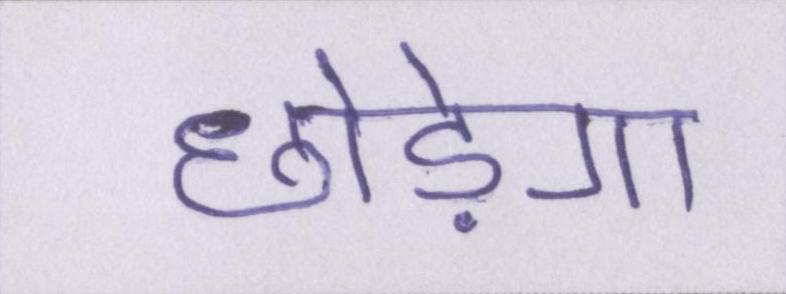
छोड़ेगा